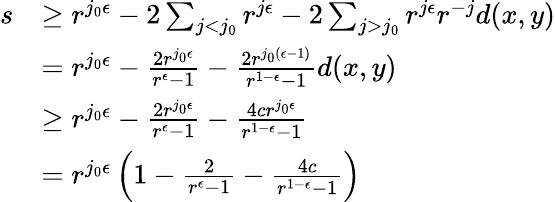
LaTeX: \begin{array}{rl}{s}&{\geq r^{j_{0}\epsilon}-2\sum_{j<j_{0}}r^{j\epsilon}-2\sum_{j>j_{0}}r^{j\epsilon}r^{-j}d(x,y)}\\ &{=r^{j_{0}\epsilon}-\frac{2r^{j_{0}\epsilon}}{r^{\epsilon}-1}-\frac{2r^{j_{0}(\epsilon-1)}}{r^{1-\epsilon}-1}d(x,y)}\\ &{\geq r^{j_{0}\epsilon}-\frac{2r^{j_{0}\epsilon}}{r^{\epsilon}-1}-\frac{4cr^{j_{0}\epsilon}}{r^{1-\epsilon}-1}}\\ &{=r^{j_{0}\epsilon}\left(1-\frac{2}{r^{\epsilon}-1}-\frac{4c}{r^{1-\epsilon}-1}\right)}\end{array}